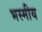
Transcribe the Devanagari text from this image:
भस्मीय